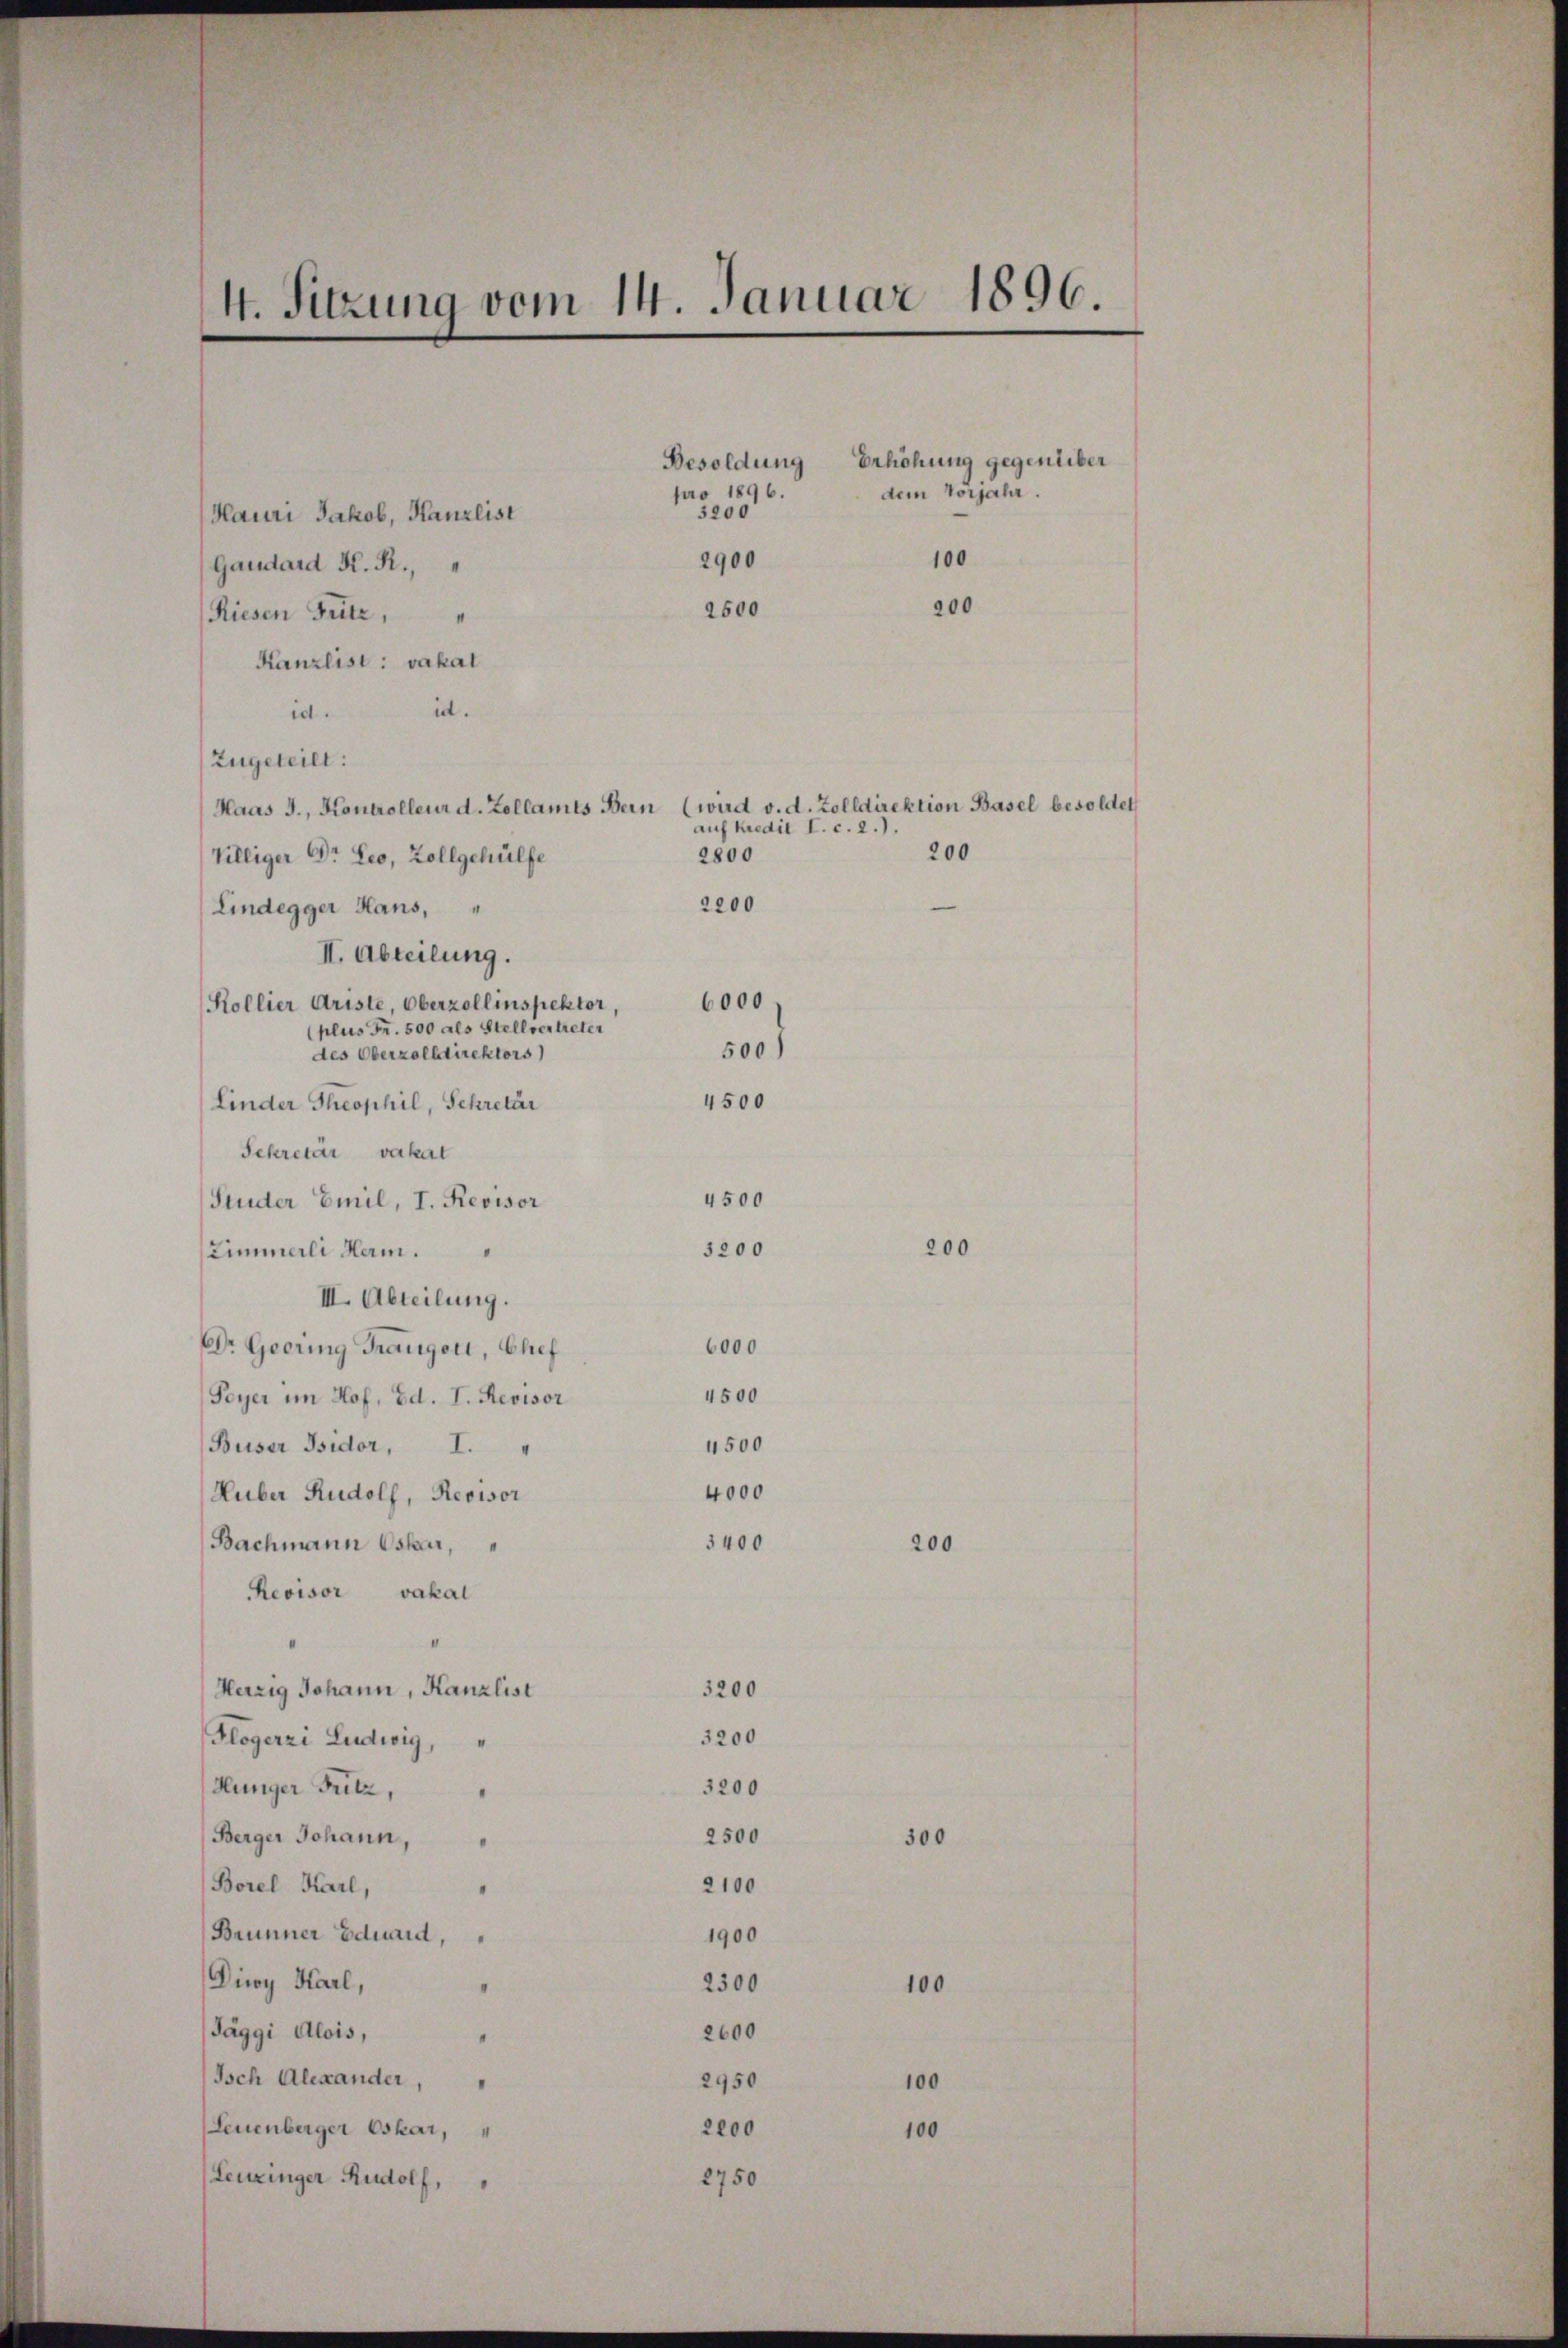
Hauri Jakob, Kanzlist
Gaudard R. R.,
Riesen Fritz,
Kanzlist: vakal
id.
id.
Zugeteilt:
Villiger Dr. Leo, Zollgehülfe
Lindegger Hans,
II. Abteilung.
6000
Kollier Ariste, Oberzollinspektor,
plus Fr. 500 als Stellvertreter
500)
des Oberzolldirektors)
4500
Linder Theophil, Sekretär
Sekretär vakat
4500
Studer Emil, I. Revisor
3200
Zimmerli Herm.
III. Abteilung.
6000
Dr. Geering Frangori, Chef
4500
Peyer im Hof, Ed. I. Revisor
4500
Buser Isidor, I.
4000
Huber Rudolf, Revisor
3400
Bachmann Oskar,
Revisor vakal
Herzig Johann, Kanzlist
3200
3200
Flogerzi Ludwig
3200
Hunger Fritz,
2500
Berger Johann,
Borel Karl,
2100
Brunner Eduard,
1900
Diwy Karl,
2500
Täggi Alois,
2600
Isch Alexander,
2950
Leuenberger Oskar,
2200
2750
Leuzinger Rudolf,

4. Sitzung vom 14. Januar 1896.

Besoldung Erhöhung gegenüber
pro 1896.
dem Vorjahr.
3200
2900
100

auf Kredit I. c. 2.).
200
2800
2200

Haas J., Kontrolleur d. Zollamts Bern (wird v. d. Zolldirektion Basel besoldet

2500

200

300

100

100

100

200

200